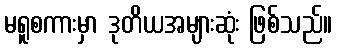
မရူစကားမှာ ဒုတိယအများဆုံး ဖြစ်သည်။